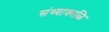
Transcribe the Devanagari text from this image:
संध्याकाळि